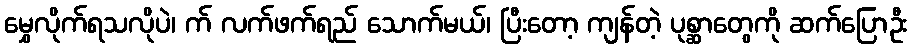
မွှေလိုက်ရသလိုပဲ၊ က် လက်ဖက်ရည် သောက်မယ်၊ ပြီးတော့ ကျန်တဲ့ ပုစ္ဆာတွေကို ဆက်ပြောဦး